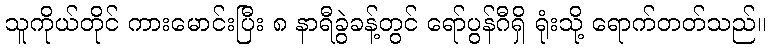
သူကိုယ်တိုင် ကားမောင်းပြီး ၈ နာရီခွဲခန့်တွင် ရော်ပွန်ဂီရှိ ရုံးသို့ ရောက်တတ်သည်။